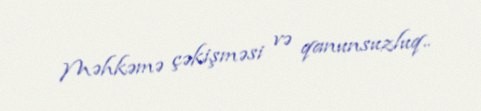
Məhkəmə çəkişməsi və qanunsuzluq..